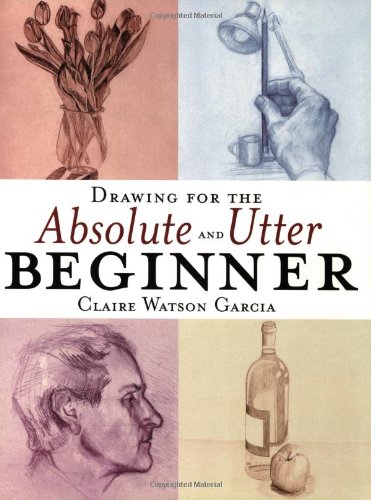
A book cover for Drawing for the Absolute and Utter Beginner; Claire Watson Garcia; Arts & Photography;